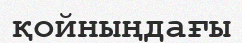
қойныңдағы